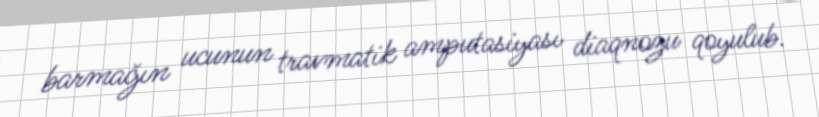
barmağın ucunun travmatik amputasiyası diaqnozu qoyulub.